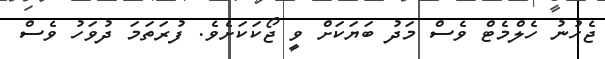
ޖެހުނު ހެލްމެޓް ވެސް މަދު ބަޔަކަށް ވީ ޖޯކަކަށެވެ. ފުރަތަމަ ދުވަހު ވެސް